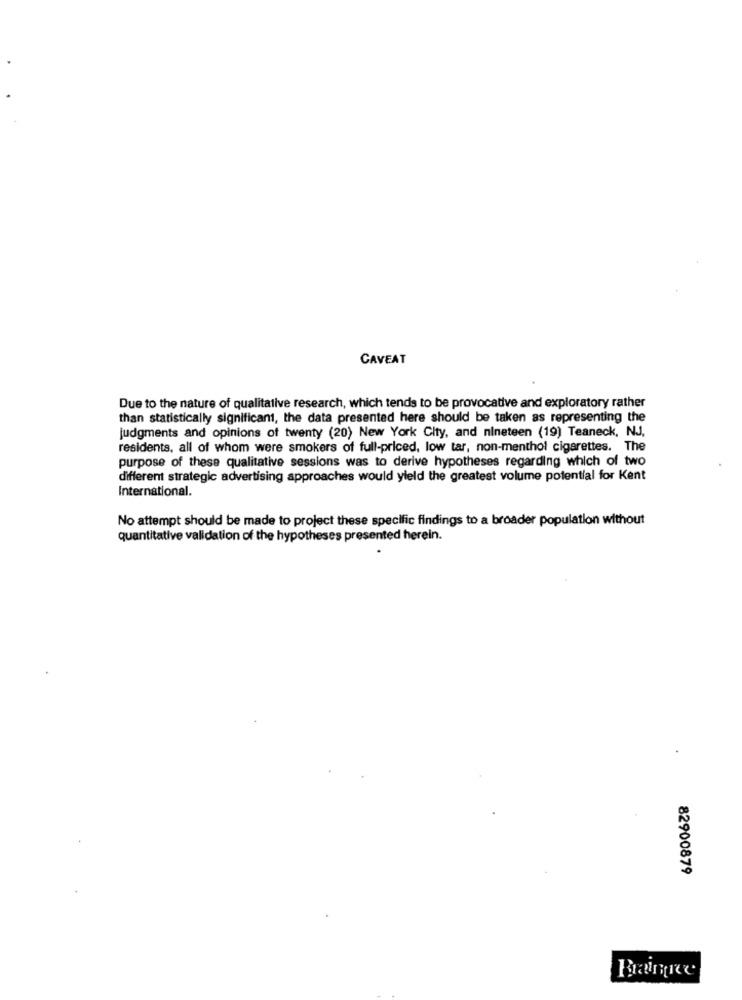
CAVEAT
Due to the nature of qualitative research, which tends to be provocative and exploratory rather
than statistically significant, the data presented here should be taken as representing the
judgments and opinions of twenty (20) New York City, and nineteen (19) Teaneck, NJ.
residents, all of whom were smokers of full-priced, low tar, non-menthol cigarettes. The
purpose of these qualitative sessions was to derive hypotheses regarding which of two
different strategic advertising approaches would yield the greatest volume potential for Kent
International.
No attempt should be made to project these specific findings to a broader population without
quantitative validation of the hypotheses presented herein.
82900879
Braince